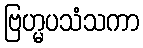
ဗြဟ္မပသံသကာ